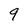
Character: 9